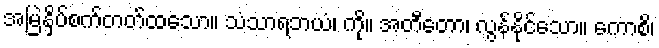
အမြဲနှိပ်စက်တတ်ထသော။ သံသာရဘယံ၊ ကို။ အတီတော၊ လွန်နိုင်သော။ ကောစိ၊